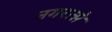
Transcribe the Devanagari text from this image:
नगरत्से